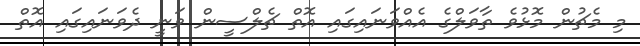
މި މެޗުން މޮޅުވެ ތާވަލްގެ އެއްވަނައިގައި އޮތް ޗެލްސީން ވަނީ ދެވަނައިގައި އޮތް